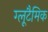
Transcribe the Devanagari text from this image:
ग्लूटैमिक